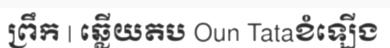
ព្រឹក | ឆ្លើយតប Oun Tataខំឡើង